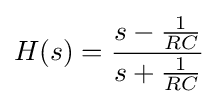
H(s)={\frac {s-{\frac {1}{RC}}}{s+{\frac {1}{RC}}}}